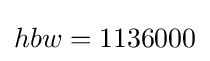
hbw=1136000